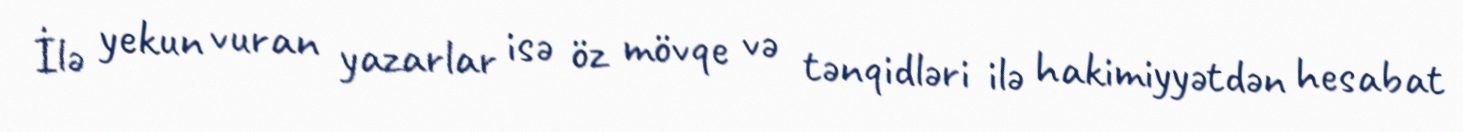
İlə yekun vuran yazarlar isə öz mövqe və tənqidləri ilə hakimiyyətdən hesabat